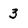
Character: 3